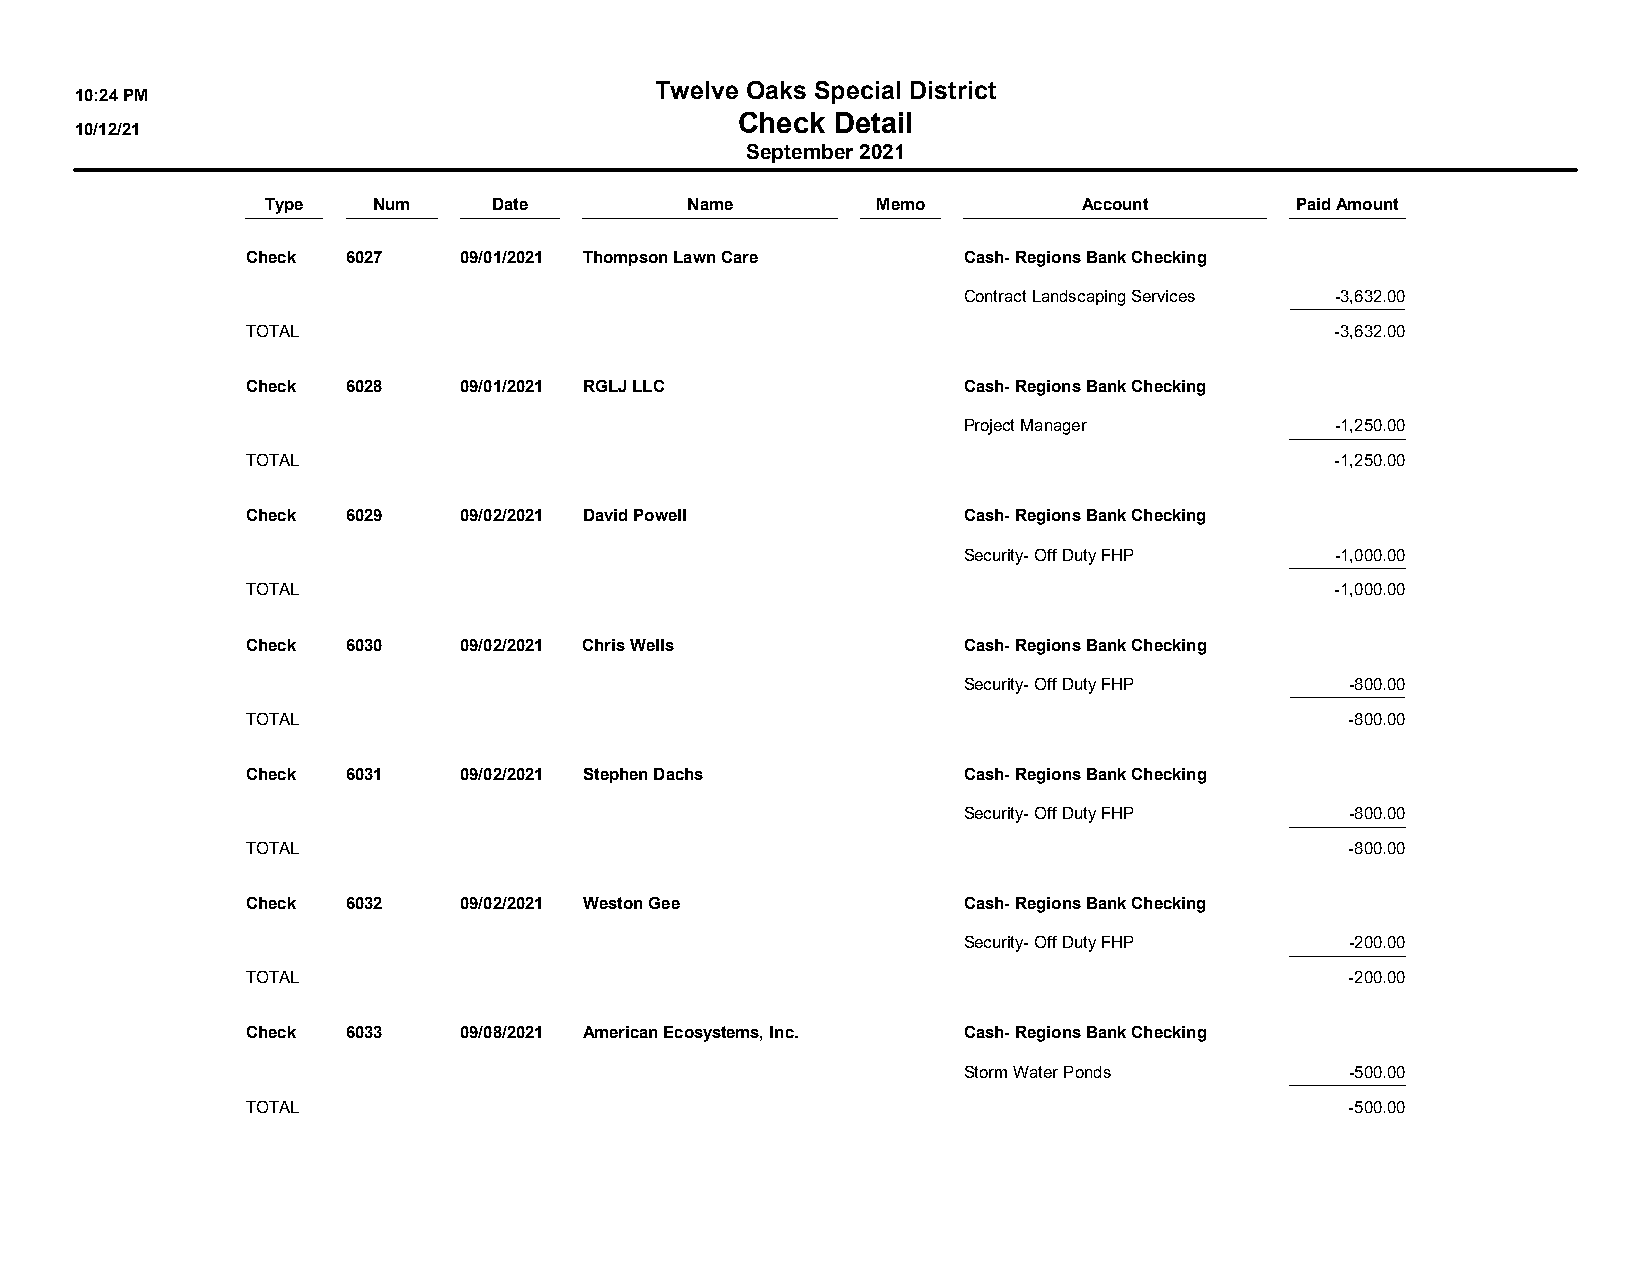
Twelve Oaks Special District
 10:24 PM
 Check Detail
 10/12/21
 September 2021
 Type   Num     Date        Name         Memo          Account       Paid Amount
 Check  6027   09/01/2021 Thompson Lawn Care     Cash- Regions Bank Checking
 Contract Landscaping Services -3,632.00
 TOTAL                                                                   -3,632.00
 Check  6028   09/01/2021 RGLJ LLC               Cash- Regions Bank Checking
 Project Manager         -1,250.00
 TOTAL                                                                   -1,250.00
 Check  6029   09/02/2021 David Powell           Cash- Regions Bank Checking
 Security- Off Duty FHP  -1,000.00
 TOTAL                                                                   -1,000.00
 Check  6030   09/02/2021 Chris Wells            Cash- Regions Bank Checking
 Security- Off Duty FHP   -800.00
 TOTAL                                                                    -800.00
 Check  6031   09/02/2021 Stephen Dachs          Cash- Regions Bank Checking
 Security- Off Duty FHP   -800.00
 TOTAL                                                                    -800.00
 Check  6032   09/02/2021 Weston Gee             Cash- Regions Bank Checking
 Security- Off Duty FHP   -200.00
 TOTAL                                                                    -200.00
 Check  6033   09/08/2021 American Ecosystems, Inc. Cash- Regions Bank Checking
 Storm Water Ponds        -500.00
 TOTAL                                                                    -500.00